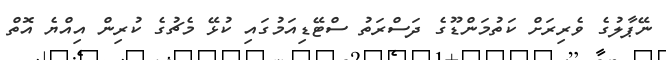
ނޭޕާލުގެ ވެރިރަށް ކަތުމަންޑޫގެ ދަސްރަތު ސްޓޭޑިއަމުގައި ކުޅޭ މެޗުގެ ކުރިން އިއްޔެ އޮތް